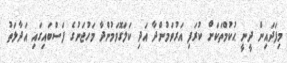
މިފަދައިން ދީނީ ޙުކުމްތަކަށް ކުރަފި އަރުވަމުންދާ އަދި ކަލަގޮވަމުންދާ މަހުޖަނުގެ ފަސްބައިގައި އަދާލަތު